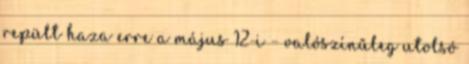
repült haza erre a május 12-i – valószínűleg utolsó